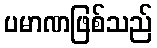
ပမာဏဖြစ်သည်